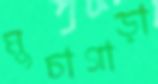
মুচাগাড়া